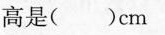
高是（ ）cm